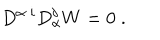
LaTeX: D ^ { \alpha \; i } D _ { \alpha } ^ { j } W = 0 \; .